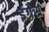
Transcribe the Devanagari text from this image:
इंग्रेस